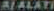
BIALATI